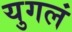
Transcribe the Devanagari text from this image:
युगलं